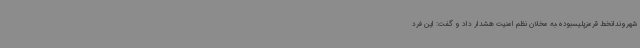
شهروندانخط قرمزپلیسبوده،به مخلان نظم امنیت هشدار داد و گفت: این فرد